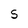
Character: s